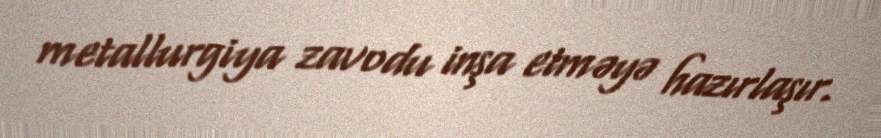
metallurgiya zavodu inşa etməyə hazırlaşır.